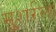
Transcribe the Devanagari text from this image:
मुशर्रला